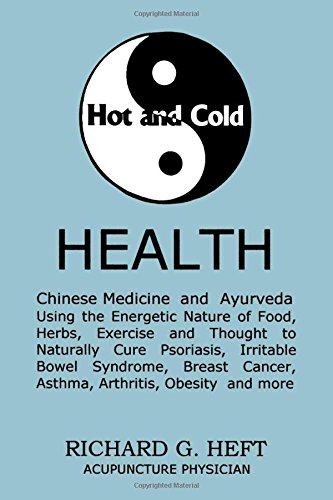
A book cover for Hot and Cold Health: Bioenergetics, A Simple Guide to Chinese Medicine, Ayurveda and Naturopathy, Natural Cures for Irritable Bowel Syndrome, Psoriasis and more; Richard G. Heft; Health, Fitness & Dieting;